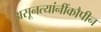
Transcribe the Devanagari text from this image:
असूनत्यांनींकौपीन